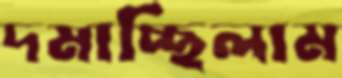
দমাচ্ছিলাম